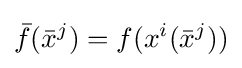
{\bar {f}}({\bar {x}}^{j})=f(x^{i}({\bar {x}}^{j}))